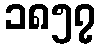
၁၈၅၇